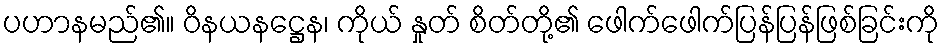
ပဟာနမည်၏။ ဝိနယနဋ္ဌေန၊ ကိုယ် နှုတ် စိတ်တို့၏ ဖေါက်ဖေါက်ပြန်ပြန်ဖြစ်ခြင်းကို